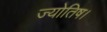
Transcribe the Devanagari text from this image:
ज्‍योतिष।